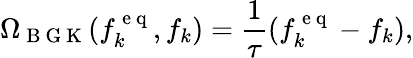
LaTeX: \Omega_{\mathrm{~B~G~K~}}(f_{k}^{\mathrm{~e~q~}},f_{k})=\frac{1}{\tau}(f_{k}^{\mathrm{~e~q~}}-f_{k}),